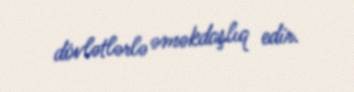
dövlətlərlə əməkdaşlıq edir.